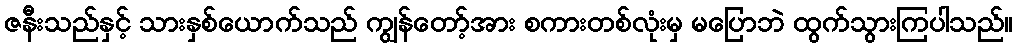
ဇနီးသည်နှင့် သားနှစ်ယောက်သည် ကျွန်တော့်အား စကားတစ်လုံးမှ မပြောဘဲ ထွက်သွားကြပါသည်။